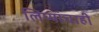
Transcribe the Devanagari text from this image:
लिप्यांचाही